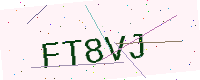
Text: FT8VJ